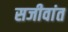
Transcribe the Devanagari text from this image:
सजीवांत